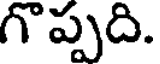
గొప్పది.